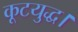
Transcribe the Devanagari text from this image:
कूटयुद्ध।